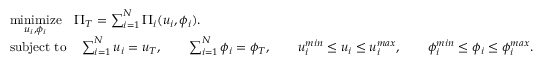
\begin{array} { r l } & { \underset { u _ { i } , \phi _ { i } } { \mathrm { m i n i m i z e } } \quad \Pi _ { T } = \sum _ { i = 1 } ^ { N } \Pi _ { i } ( u _ { i } , \phi _ { i } ) . } \\ & { \mathrm { s u b j e c t ~ t o } \quad \sum _ { i = 1 } ^ { N } u _ { i } = u _ { T } , \qquad \sum _ { i = 1 } ^ { N } \phi _ { i } = \phi _ { T } , \qquad u _ { i } ^ { m i n } \leq u _ { i } \leq u _ { i } ^ { m a x } , \qquad \phi _ { i } ^ { m i n } \leq \phi _ { i } \leq \phi _ { i } ^ { m a x } . } \end{array}